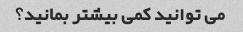
می توانید کمی بیشتر بمانید؟